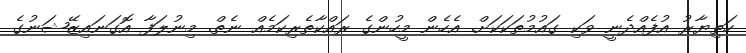
ހަތިޔާރު އުފެއްދެނީ ވަކި ގައުމުތަކަކަށް. އެހެން މީހުންގެ ރައްކާތެރިކަމެއް ނެތް. މިނުލަފާ އޮގަނައިޒޭޝަނުގެ